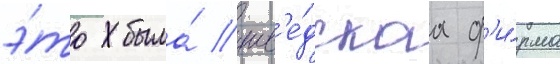
э́то была́ шв'е́дскаа ф'и́рма